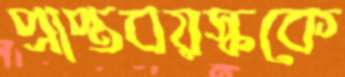
প্রাপ্তবয়স্ককে